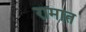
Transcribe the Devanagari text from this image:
रामात